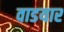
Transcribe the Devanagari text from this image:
वाडयार